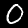
Digit: 0